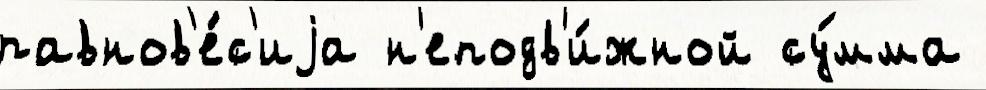
равнов'е́с'иjа н'еподв'и́жной су́мма